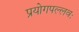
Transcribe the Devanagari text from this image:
प्रयोगपल्लवः